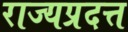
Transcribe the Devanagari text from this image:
राज्यप्रदत्त